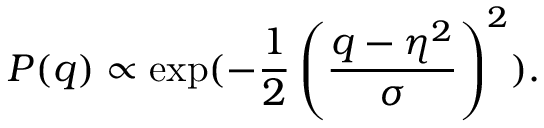
P ( q ) \propto \exp ( - \frac { 1 } { 2 } \left( \frac { q - \eta ^ { 2 } } { \sigma } \right) ^ { 2 } ) .